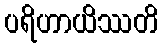
ပရိဟာယိဿတိ